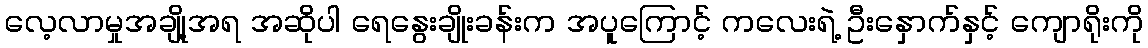
လေ့လာမှုအချို့အရ အဆိုပါ ရေနွေးချိုးခန်းက အပူကြောင့် ကလေးရဲ့ ဦးနှောက်နှင့် ကျောရိုးကို